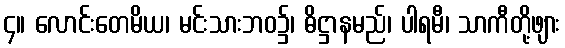
၄။ လောင်းတေမိယ၊ မင်းသားဘဝ၌၊ ဓိဋ္ဌာနမည်၊ ပါရမီ၊ သာကီတို့ဖျား